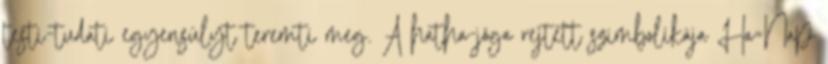
testi-tudati egyensúlyt teremti meg. A hatha-jóga rejtett szimbolikája Ha=Nap